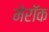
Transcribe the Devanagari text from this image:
मेरॉक